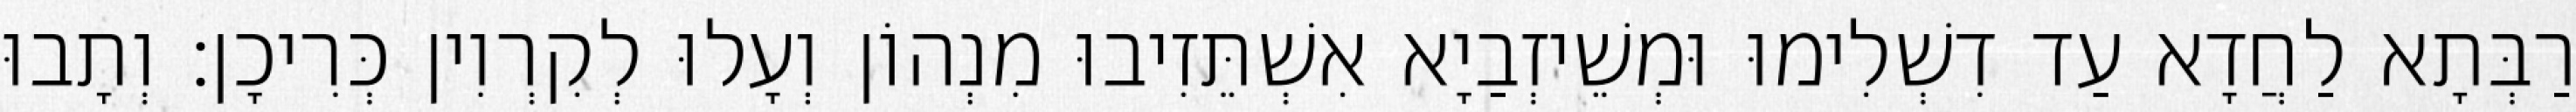
רַבְּתָא לַחֲדָא עַד דִשְׁלִימוּ וּמְשֵׁיזְבַיָא אִשְׁתֵּזִיבוּ מִנְהוֹן וְעָלוּ לְקִרְוִין כְּרִיכָן׃ וְתָבוּ